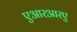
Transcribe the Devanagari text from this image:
एआरआरए